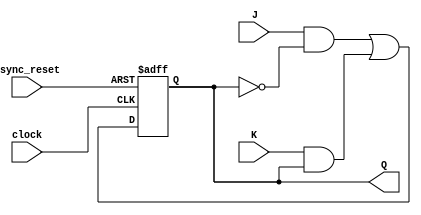
module jk_ff_master_slave (
  input J, // input for J
  input K, // input for K
  input clock, // clock input
  input async_reset, // asynchronous reset input
  
  output reg Q // output Q
);

  // Master block
  reg master_q;
  reg master_q_next;
  
  always @(posedge clock or posedge async_reset) begin
    if (async_reset) begin
      master_q <= 1'b0; // reset to 0
    end else begin
      master_q <= master_q_next;
    end
  end
  
  assign Q = master_q; // output Q
  
  // Next state logic
  always @* begin
    master_q_next = J & ~master_q | K & master_q;
  end
  
  // Slave block
  reg slave_q;
  reg slave_q_next;
  
  always @(posedge clock or posedge async_reset) begin
    if (async_reset) begin
      slave_q <= 1'b0; // reset to 0
    end else begin
      slave_q <= slave_q_next;
    end
  end
  
  // State update logic
  always @* begin
    slave_q_next = master_q;
  end

endmodule